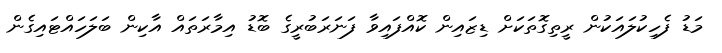
މަޑު ފެހިކުލައަކުން ރީތިގޮތަކަށް ޑިޒައިން ކޮއްފައިވާ ފަނަރަބުރީގެ ބޮޑު އިމާރަތައް އާކިން ބަލަހައްޓައިގެން